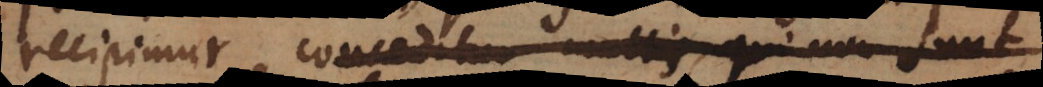
recipimur, conceditur multis, qui non sunt